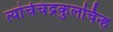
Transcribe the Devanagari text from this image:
त्यांचेचंद्रकुलचिन्ह